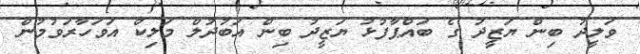
ވަލީދު ބިން ޔަޒީދު ގެ ބައްޕާފުޅު ޔަޒީދު ބިން އަބުދުލް މަލިކް އަވަހާރަވުމުން